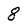
Character: 8